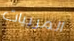
المربيات